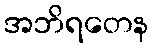
အဘိရတေန